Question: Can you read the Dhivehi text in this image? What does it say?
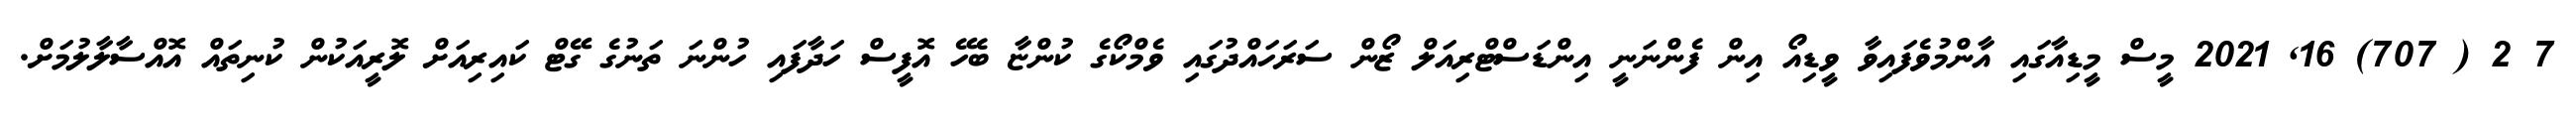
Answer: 7 2 ( 707) 16, 2021 މީސް މީޑިއާގައި އާންމުވެފައިވާ ވީޑިއޯ އިން ފެންނަނީ އިންޑަސްޓްރިއަލް ޒޯން ސަރަހައްދުގައި ވެމްކޯގެ ކުންޏާ ބެހޭ އޮފީސް ހަދާފައި ހުންނަ ތަނުގެ ގޭޓް ކައިރިއަށް ލޮރީއަކުން ކުނިތައް އޮއްސާލާލުމަށް.